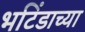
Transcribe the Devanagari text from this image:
भटिंडाच्या